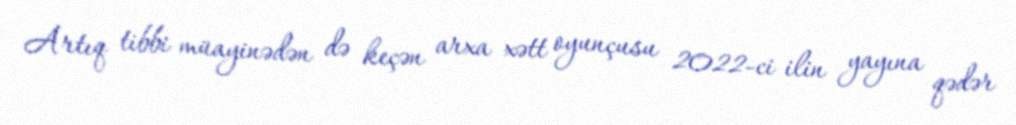
Artıq tibbi müayinədən də keçən arxa xətt oyunçusu 2022-ci ilin yayına qədər